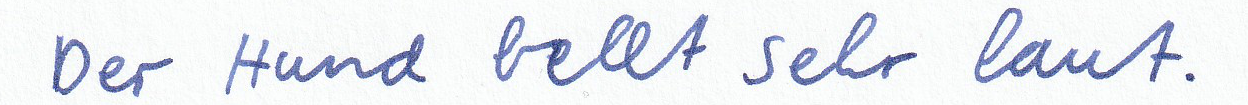
Der Hund bellt sehr laut.